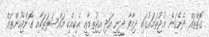
ގޮތްތައް ދެނެގަނެ މުޖުތަމަޢުގައި ދިމާވާ ދީނީ އަދި އިޖުތިމާޢީ އެކިއެކި މައްސަލަތަކާއި ގޮންޖެހުންތައް